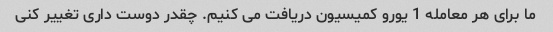
ما برای هر معامله 1 یورو کمیسیون دریافت می کنیم. چقدر دوست داری تغییر کنی